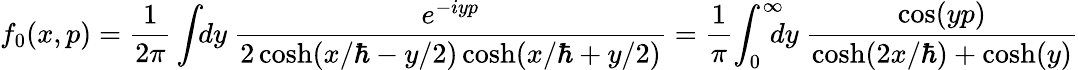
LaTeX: f_{0}(x,p)={\frac{1}{2\pi}}\int\! \! dy~{\frac{e^{-iyp}}{2\cosh(x/\hbar-y/2)\cosh(x/\hbar+y/2)}}={\frac{1}{\pi}}\! \int_{0}^{\infty}\! \! \! \! dy~{\frac{\cos(yp)}{\cosh(2x/\hbar)+\cosh(y)}}